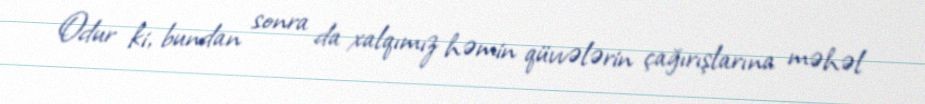
Odur ki, bundan sonra da xalqımız həmin qüvvələrin çağırışlarına məhəl